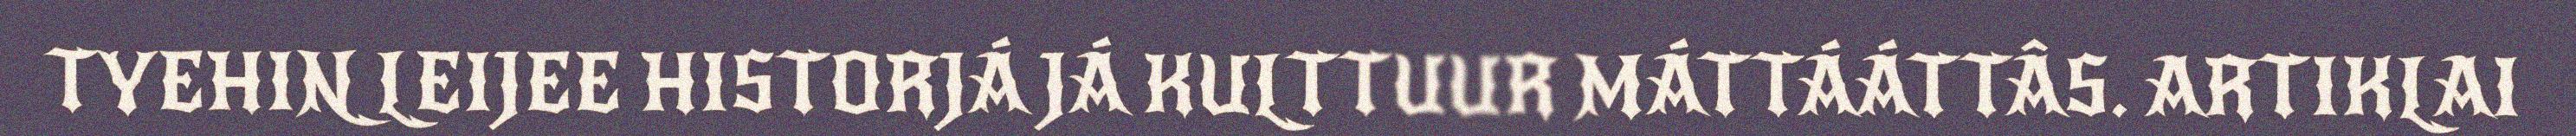
TYEHIN LEIJEE HISTORJÁ JÁ KULTTUUR MÁTTÁÁTTÂS. ARTIKLAI